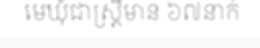
មេឃុំជាស្ត្រីមាន ៦៧នាក់